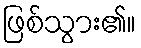
ဖြစ်သွား၏။